Civil Veterinary Dept. Bombay admin report 1893-99 - 1893-1899
Year: 1893
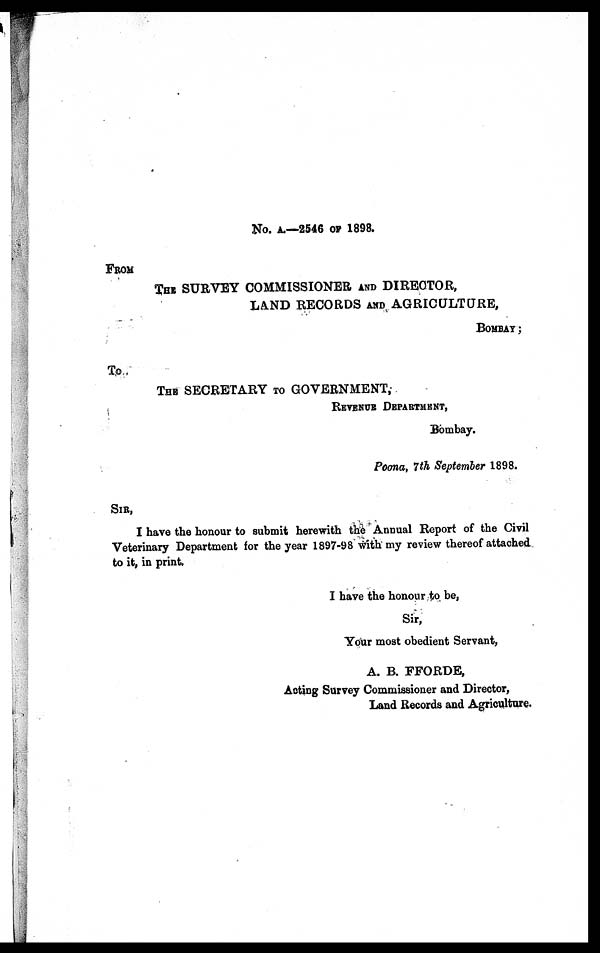
No. A.—2546 OF 1898.
FROM
THE SURVEY COMMISSIONER AND DIRECTOR,
LAND RECORDS AND AGRICULTURE,
BOMBAY;
To
THE SECRETARY TO GOVERNMENT,
REVENUE DEPARTMENT,
Bombay.
Poona, 7th September 1898.
SIR,
I have the honour to submit herewith the Annual Report of the Civil
Veterinary Department for the year 1897-98 with my review thereof attached
to it, in print.
I have the honour to be,
Sir,
Your most obedient Servant,
A. B. FFORDE,
Acting Survey Commissioner and Director,
Land Records and Agriculture.